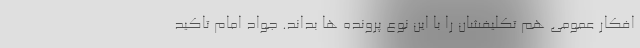
افکار عمومی هم تکلیفشان را با این نوع پرونده ها بداند. جواد امام تاکید